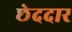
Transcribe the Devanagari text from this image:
छेददार